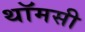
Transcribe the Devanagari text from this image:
थॉमसी